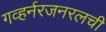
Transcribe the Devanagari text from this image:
गव्हर्नरजनरलची